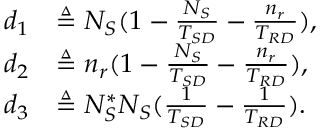
\begin{array} { r l } { d _ { 1 } } & { \triangleq N _ { S } ( 1 - \frac { N _ { S } } { T _ { S D } } - \frac { n _ { r } } { T _ { R D } } ) , } \\ { d _ { 2 } } & { \triangleq n _ { r } ( 1 - \frac { N _ { S } } { T _ { S D } } - \frac { n _ { r } } { T _ { R D } } ) , } \\ { d _ { 3 } } & { \triangleq N _ { S } ^ { \ast } N _ { S } ( \frac { 1 } { T _ { S D } } - \frac { 1 } { T _ { R D } } ) . } \end{array}